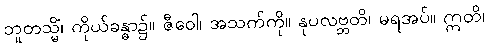
ဘူတသ္မိံ၊ ကိုယ်ခန္ဓာ၌။ ဇီဝေါ၊ အသက်ကို။ နုပလဗ္ဘတိ၊ မရအပ်။ ဣတိ၊